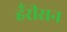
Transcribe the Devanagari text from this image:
हँरीसन